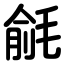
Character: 毹